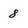
Character: 8